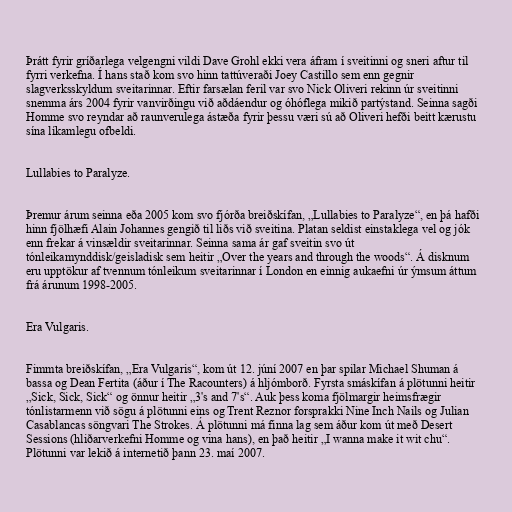
Þrátt fyrir gríðarlega velgengni vildi Dave Grohl ekki vera áfram í sveitinni og sneri aftur til
fyrri verkefna. Í hans stað kom svo hinn tattúveraði Joey Castillo sem enn gegnir
slagverksskyldum sveitarinnar. Eftir farsælan feril var svo Nick Oliveri rekinn úr sveitinni
snemma árs 2004 fyrir vanvirðingu við aðdáendur og óhóflega mikið partýstand. Seinna sagði
Homme svo reyndar að raunverulega ástæða fyrir þessu væri sú að Oliveri hefði beitt kærustu
sína líkamlegu ofbeldi.

Lullabies to Paralyze.

Þremur árum seinna eða 2005 kom svo fjórða breiðskífan, „Lullabies to Paralyze“, en þá hafði
hinn fjölhæfi Alain Johannes gengið til liðs við sveitina. Platan seldist einstaklega vel og jók
enn frekar á vinsældir sveitarinnar. Seinna sama ár gaf sveitin svo út
tónleikamynddisk/geisladisk sem heitir „Over the years and through the woods“. Á disknum
eru upptökur af tvennum tónleikum sveitarinnar í London en einnig aukaefni úr ýmsum áttum
frá árunum 1998-2005.

Era Vulgaris.

Fimmta breiðskífan, „Era Vulgaris“, kom út 12. júní 2007 en þar spilar Michael Shuman á
bassa og Dean Fertita (áður í The Racounters) á hljómborð. Fyrsta smáskífan á plötunni heitir
„Sick, Sick, Sick“ og önnur heitir „3's and 7's“. Auk þess koma fjölmargir heimsfrægir
tónlistarmenn við sögu á plötunni eins og Trent Reznor forsprakki Nine Inch Nails og Julian
Casablancas söngvari The Strokes. Á plötunni má finna lag sem áður kom út með Desert
Sessions (hliðarverkefni Homme og vina hans), en það heitir „I wanna make it wit chu“.
Plötunni var lekið á internetið þann 23. maí 2007.